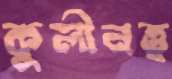
কুলীনত্ত্ব